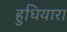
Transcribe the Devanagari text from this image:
हुधियारा